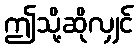
ဤသို့ဆိုလျှင်